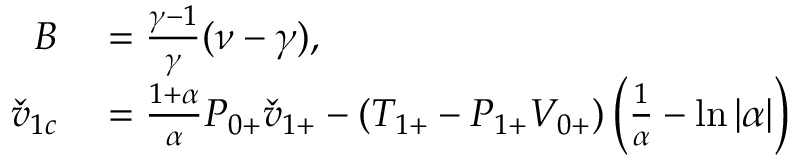
\begin{array} { r l } { B } & { { } = \frac { \gamma - 1 } { \gamma } ( \nu - \gamma ) , } \\ { \check { v } _ { 1 c } } & { { } = \frac { 1 + \alpha } { \alpha } { P } _ { 0 + } \check { v } _ { 1 + } - ( { T } _ { 1 + } - { P } _ { 1 + } { V } _ { 0 + } ) \left( \frac { 1 } { \alpha } - \ln { | \alpha | } \right) } \end{array}